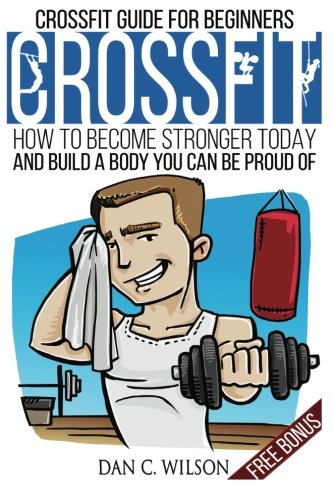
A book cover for CrossFit: CrossFit Guide for Beginners - How to Become Stronger Today and Build a Body You Can Be Proud Of (Flexibility and Strength Training); Dan C. Wilson; Sports & Outdoors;